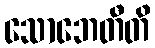
သောဘေတီတိ